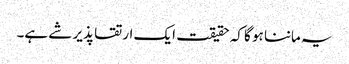
یہ ماننا ہو گا کہ حقیقت ایک ارتقا پذیر شے ہے۔